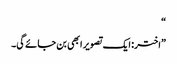
“
”اختر: ایک تصویر ابھی بن جائے گی۔